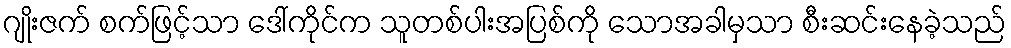
ဂျိုးဇက် စက်ဖြင့်သာ ဒေါ်ကိုင်က သူတစ်ပါးအပြစ်ကို သောအခါမှသာ စီးဆင်းနေခဲ့သည်